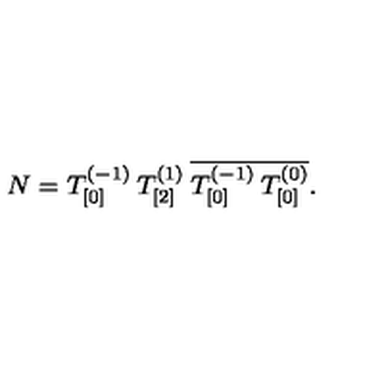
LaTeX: N = T _ { [ 0 ] } ^ { ( - 1 ) } \: T _ { [ 2 ] } ^ { ( 1 ) } \: \overline { { T _ { [ 0 ] } ^ { ( - 1 ) } \: T _ { [ 0 ] } ^ { ( 0 ) } } } .